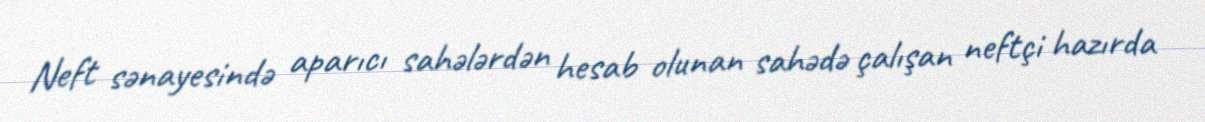
Neft sənayesində aparıcı sahələrdən hesab olunan sahədə çalışan neftçi hazırda